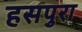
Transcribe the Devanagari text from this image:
हसपुरा